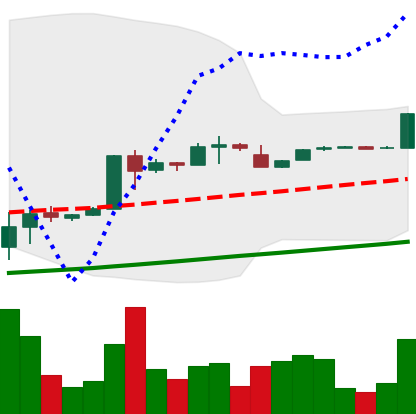
Ticker: BTC-USD
Chart end date: 2017-01-31
Forward return: 5.867%
Label: up_5_7